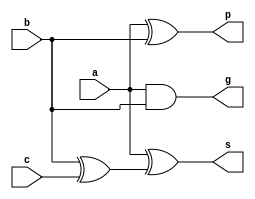
// This program was cloned from: https://github.com/jmahler/mips-cpu
// License: GNU General Public License v3.0

/*
 * cla_full_adder - 1 bit full adder for carry lookahead
 */

`ifndef _cla_full_adder
`define _cla_full_adder

module cla_full_adder(
		input	a,
		input	b,
		input	c,
		output	g,
		output	p,
		output	s);

	assign g = a & b;
	assign p = a ^ b;
	assign s = a ^ (b ^ c);

endmodule

`endif